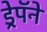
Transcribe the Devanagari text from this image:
ड्रेपॅने